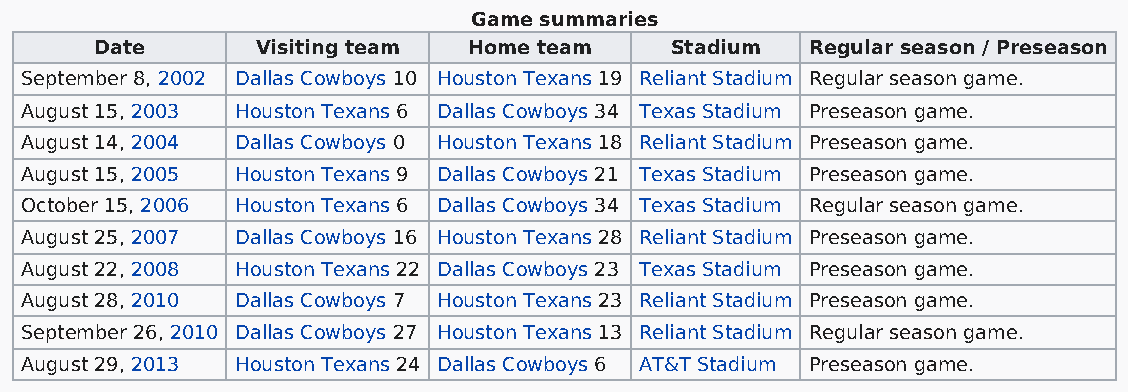
Game summaries
 Date       Visiting team Home team    Stadium   Regular season / Preseason
 September 8, 2002 Dallas Cowboys 10 Houston Texans 19 Reliant Stadium Regular season game.
 August 15, 2003 Houston Texans 6 Dallas Cowboys 34 Texas Stadium Preseason game.
 August 14, 2004 Dallas Cowboys 0 Houston Texans 18 Reliant Stadium Preseason game.
 August 15, 2005 Houston Texans 9 Dallas Cowboys 21 Texas Stadium Preseason game.
 October 15, 2006 Houston Texans 6 Dallas Cowboys 34 Texas Stadium Regular season game.
 August 25, 2007 Dallas Cowboys 16 Houston Texans 28 Reliant Stadium Preseason game.
 August 22, 2008 Houston Texans 22 Dallas Cowboys 23 Texas Stadium Preseason game.
 August 28, 2010 Dallas Cowboys 7 Houston Texans 23 Reliant Stadium Preseason game.
 September 26, 2010 Dallas Cowboys 27 Houston Texans 13 Reliant Stadium Regular season game.
 August 29, 2013 Houston Texans 24 Dallas Cowboys 6 AT&T Stadium Preseason game.